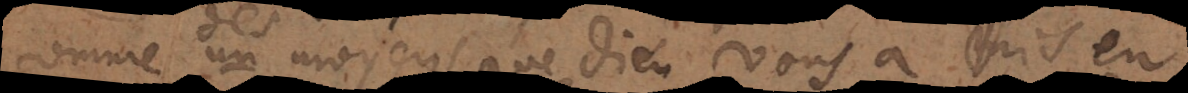
comme des moyens que Dieu vous a mis en